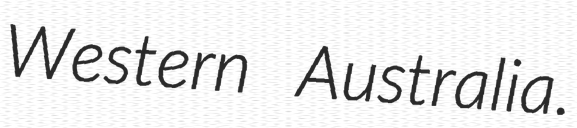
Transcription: Western Australia.